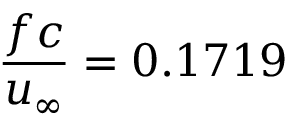
\frac { f c } { u _ { \infty } } = 0 . 1 7 1 9